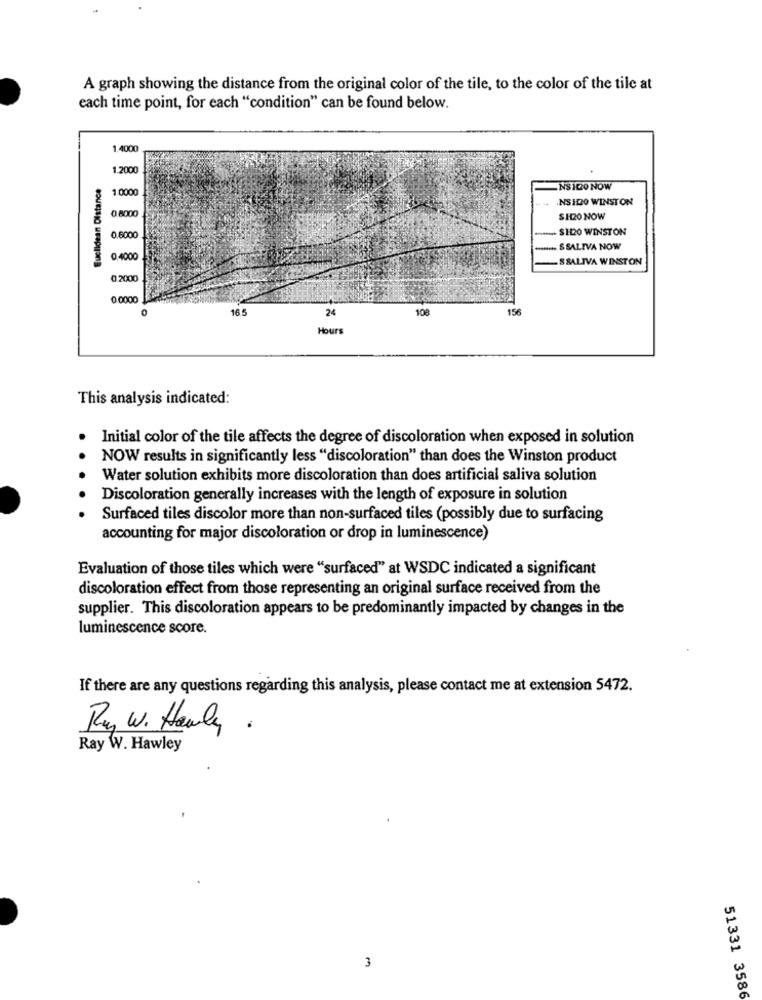
A graph showing the distance from the original color of the tile, to the color of the tile at
each time point, for each "condition" can be found below.
1.4000
1.2000
Euclidean Distance
1.000
NS 100 NOW
NS 1120 WINSTON
0 8000
SH20 NOW
- SH20 WINSTON
0,6000
SSALIVA NOW
0.4000
S SALIVA WINSTON
0.2000
0.0000
16.5
24
108
156
Hours
This analysis indicated:
Initial color of the tile affects the degree of discoloration when exposed in solution
NOW results in significantly less "discoloration" than does the Winston product
Water solution exhibits more discoloration than does artificial saliva solution
Discoloration generally increases with the length of exposure in solution
Surfaced tiles discolor more than non-surfaced tiles (possibly due to surfacing
accounting for major discoloration or drop in luminescence)
Evaluation of those tiles which were "surfaced" at WSDC indicated a significant
discoloration effect from those representing an original surface received from the
supplier. This discoloration appears to be predominantly impacted by changes in the
luminescence score.
If there are any questions regarding this analysis, please contact me at extension 5472.
Ruy W. Honly .
Ray W. Hawley
3
51331 3586